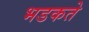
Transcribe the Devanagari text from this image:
भडकते